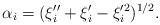
LaTeX: \begin{align*}\alpha_i = (\xi_i'' + \xi_i' - \xi_i'^2)^{1/2}.\end{align*}